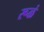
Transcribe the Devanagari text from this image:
रूळं